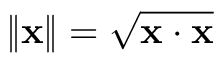
\left\| \mathbf { x } \right\| = { \sqrt { \mathbf { x } \cdot \mathbf { x } } }